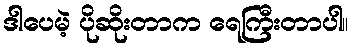
ဒါပေမဲ့ ပိုဆိုးတာက ရေကြီးတာပါ။